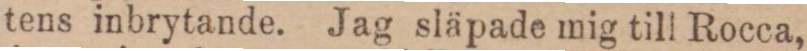
tens inbrytande. Jag släpade mig till Rocca,